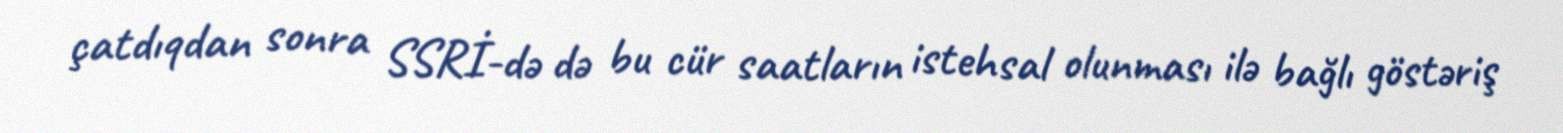
çatdıqdan sonra SSRİ-də də bu cür saatların istehsal olunması ilə bağlı göstəriş